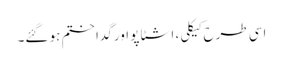
اسی طرح کیکلی، اشٹاپو اور گدا ختم ہو گئے۔